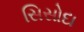
સિસોદા